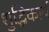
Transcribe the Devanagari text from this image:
शुद्धिकार्य